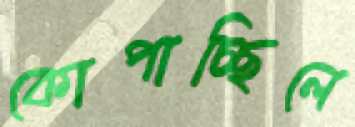
কোপাচ্ছিলে